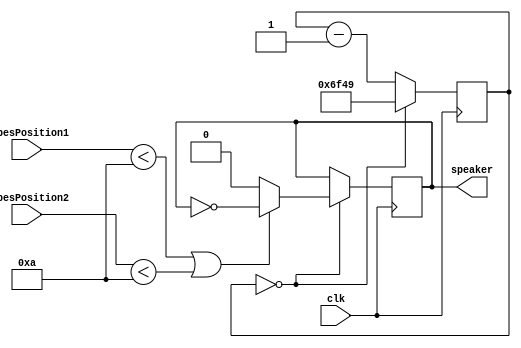
module Sound (
    input clk,
    input [15:0] PipesPosition1,
    input [15:0] PipesPosition2,
    output reg speaker
);

wire sound_on = (PipesPosition1 < 10 || PipesPosition2 < 10);
reg [14:0] counter;

always @(posedge clk) begin
    if (counter == 0) begin
        speaker <= sound_on ? ~speaker : 1'b0;
        counter <= 28489;
    end else begin
        counter <= counter - 15'd1;
    end
end

endmodule